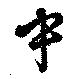
中